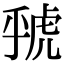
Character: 𮓦